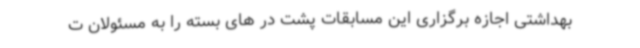
بهداشتی اجازه برگزاری این مسابقات پشت در های بسته را به مسئولان ت